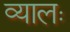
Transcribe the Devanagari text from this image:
व्यालः